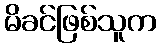
မိခင်ဖြစ်သူက